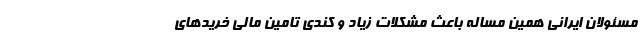
مسئولان ایرانی همین مساله باعث مشکلات زیاد و کندی تامین مالی خریدهای